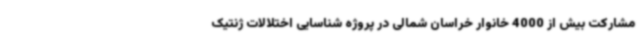
مشارکت بیش از 4000 خانوار خراسان شمالی در پروژه شناسایی اختلالات ژنتیک